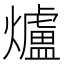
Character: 爐